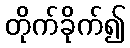
တိုက်ခိုက်၍